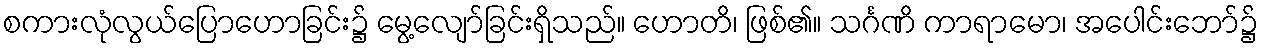
စကားလုံလွယ်ပြောဟောခြင်း၌ မွေ့လျော်ခြင်းရှိသည်။ ဟောတိ၊ ဖြစ်၏။ သင်္ဂဏိ ကာရာမော၊ အပေါင်းဘော်၌